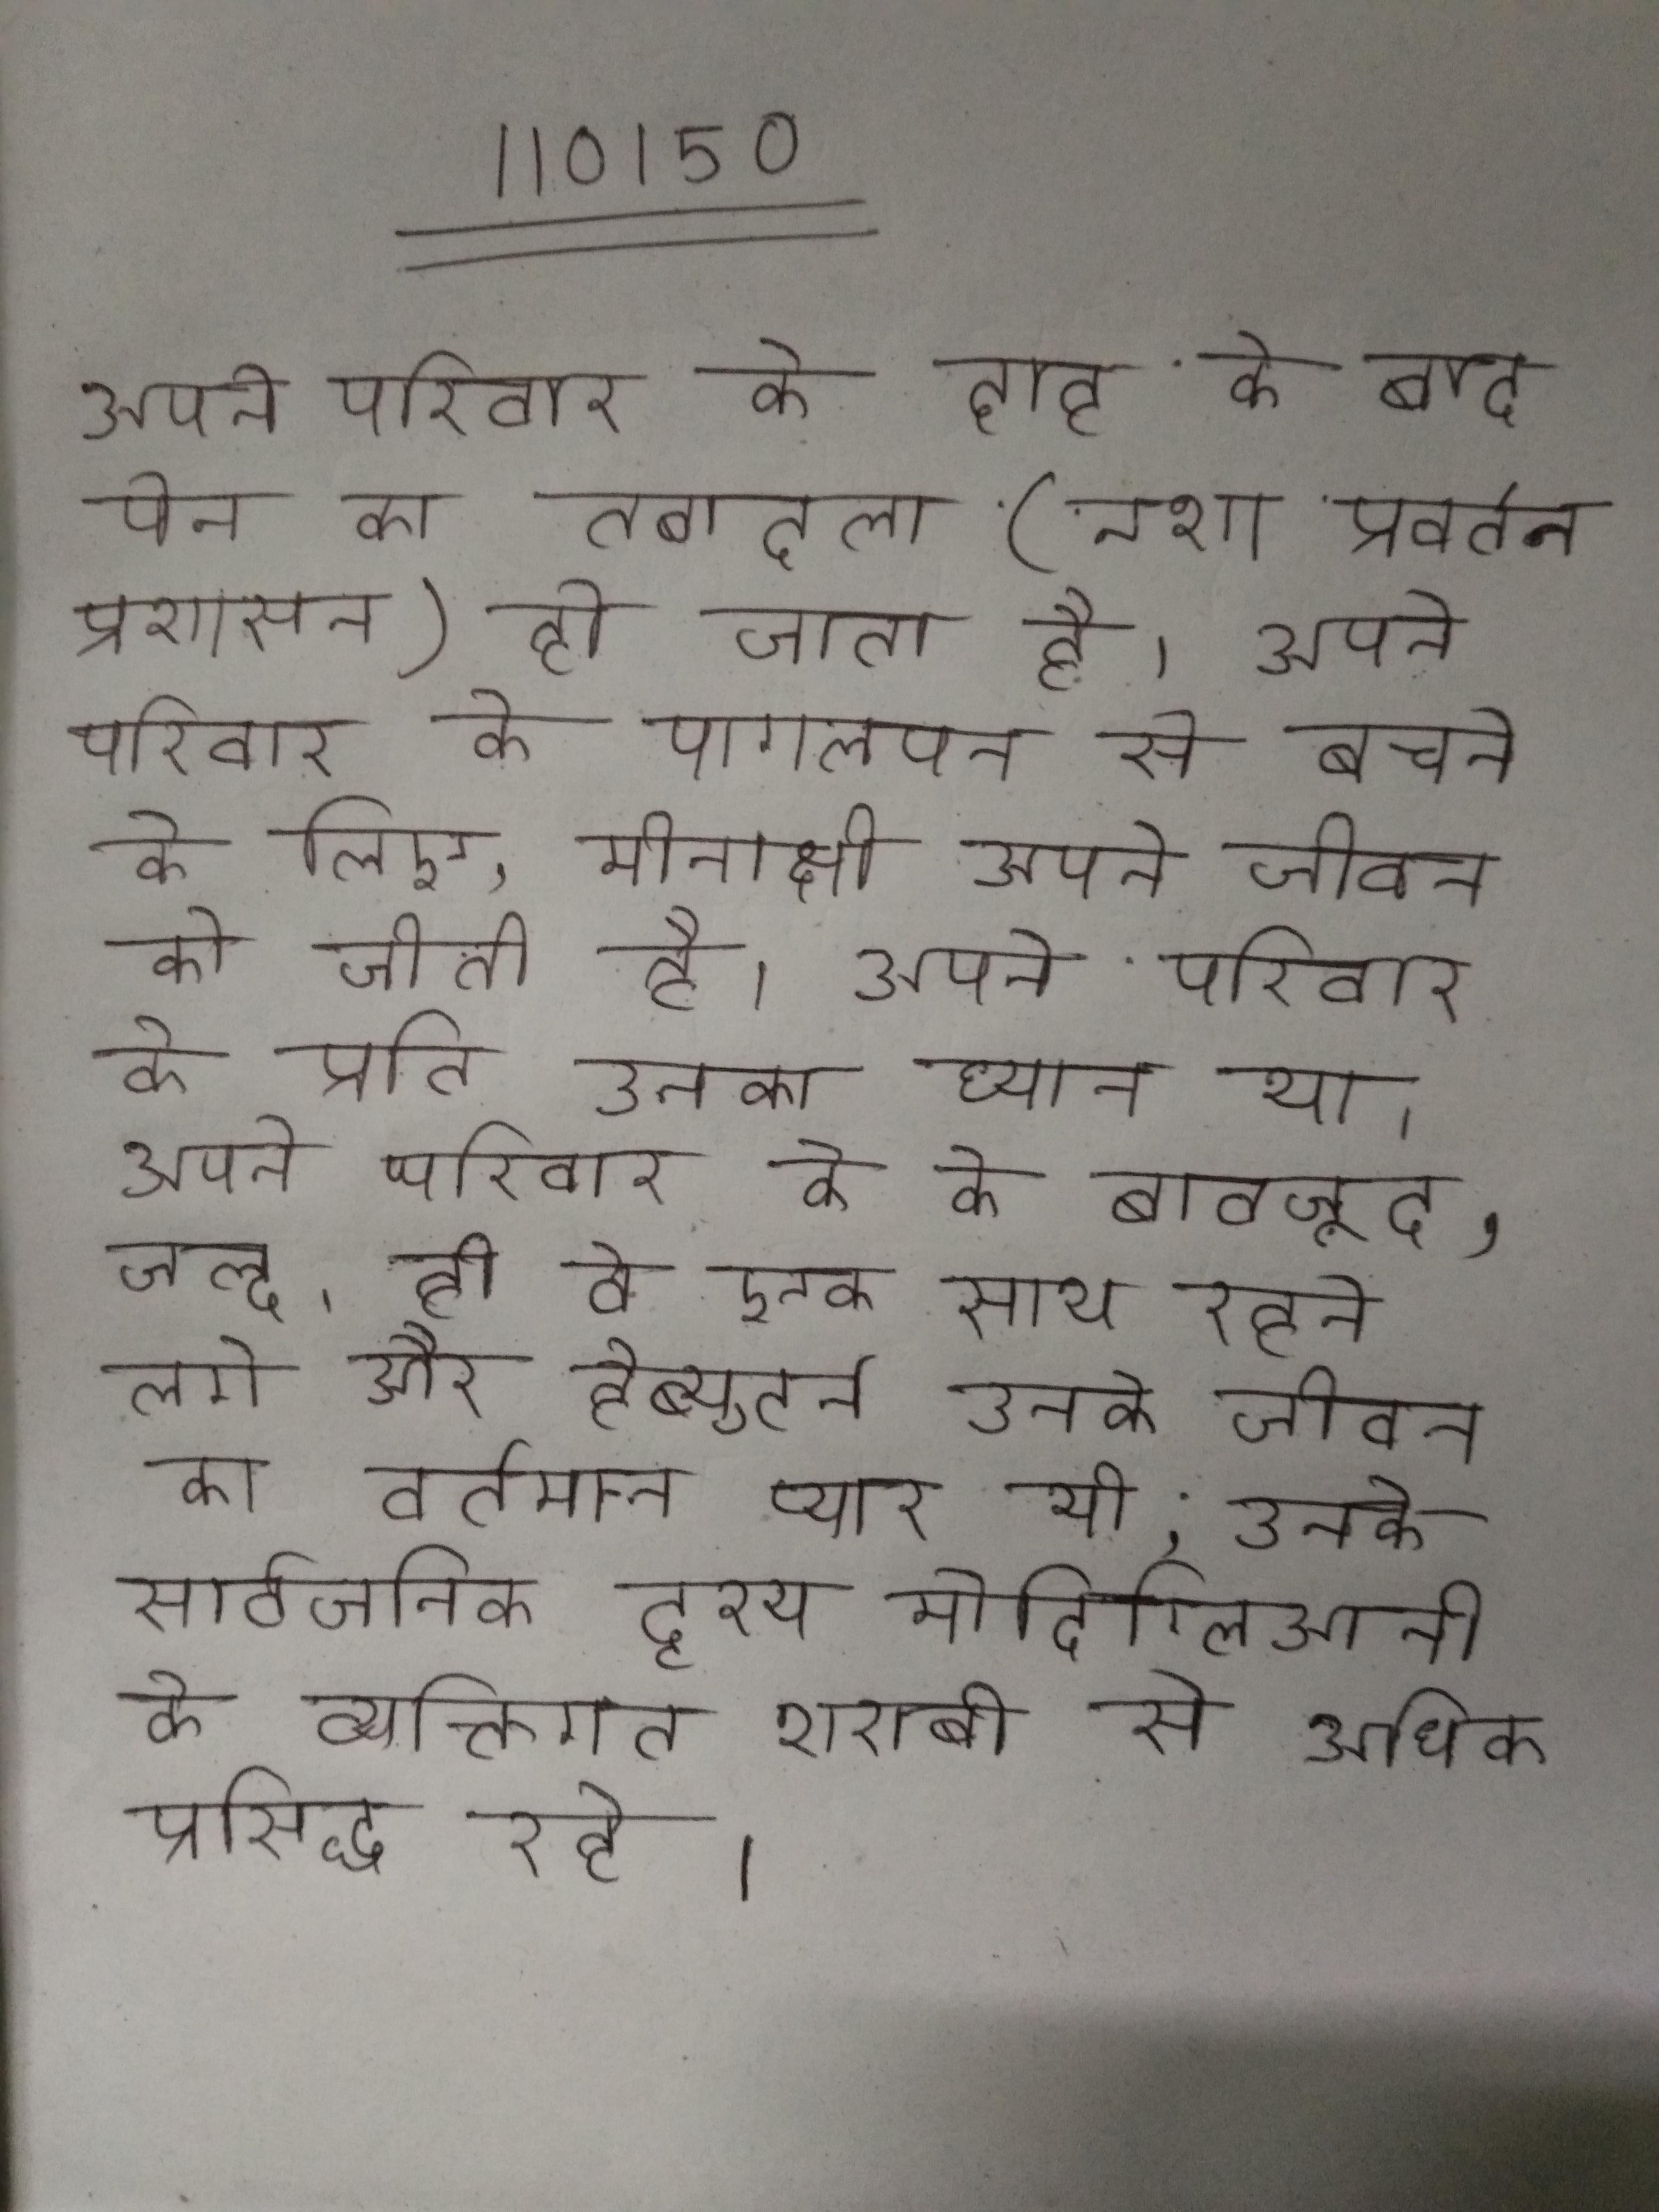
अपने परिवार के दाह के बाद पेन का तबादला (नशा प्रवर्तन प्रशासन) हो जाता है । अपने परिवार के पागलपन से बचने के लिए, मीनाक्षी अपने जीवन को जीती है । अपने परिवार के प्रति उनका ध्यान था । अपने परिवार के के बावजूद, जल्द ही वे एक साथ रहने लगे और हेब्युटर्न उनके जीवन का वर्तमान प्यार थी, उनके सार्वजनिक दृश्य मोदिग्लिआनी के व्यक्तिगत शराबी से अधिक प्रसिद्ध रहे ।